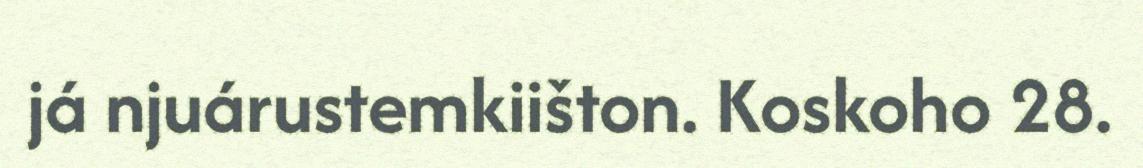
já njuárustemkiišton. Koskoho 28.